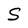
Character: S